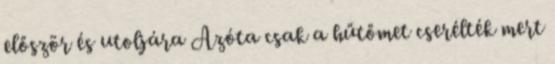
először és utoljára Azóta csak a hűtőmet cserélték mert